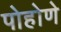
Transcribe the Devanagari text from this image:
पोहोणे